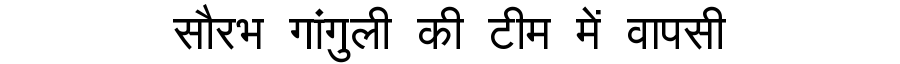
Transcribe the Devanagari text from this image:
सौरभ गांगुली की टीम में वापसी